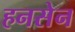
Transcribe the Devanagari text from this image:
हनसेन